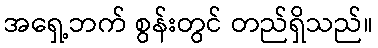
အရှေ့ဘက် စွန်းတွင် တည်ရှိသည်။